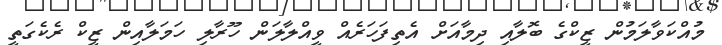
މުއްކަވާލަމުން ޒީކްގެ ބޮލާއި ދިމާއަށް އެތިފަހަރެއް ވީއްލާލަން ހޫރާލި ހަމަލާއިން ޒީކް ރެކެގަތީ